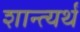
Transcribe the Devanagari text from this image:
शान्त्यर्थं